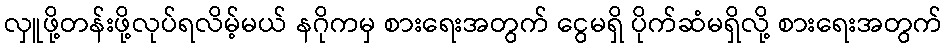
လှူဖို့တန်းဖို့လုပ်ရလိမ့်မယ် နဂိုကမှ စားရေးအတွက် ငွေမရှိ ပိုက်ဆံမရှိလို့ စားရေးအတွက်